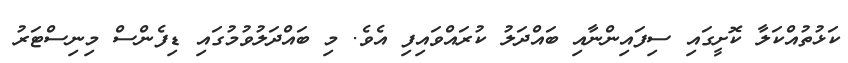
ކަޅުތުއްކަލާ ކޮށީގައި ސިފައިންނާއި ބައްދަލު ކުރައްވައިފި އެވެ. މި ބައްދަލުވުމުގައި ޑިފެންސް މިނިސްޓަރު